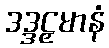
ဒဒ္ဒဠှမာနံ